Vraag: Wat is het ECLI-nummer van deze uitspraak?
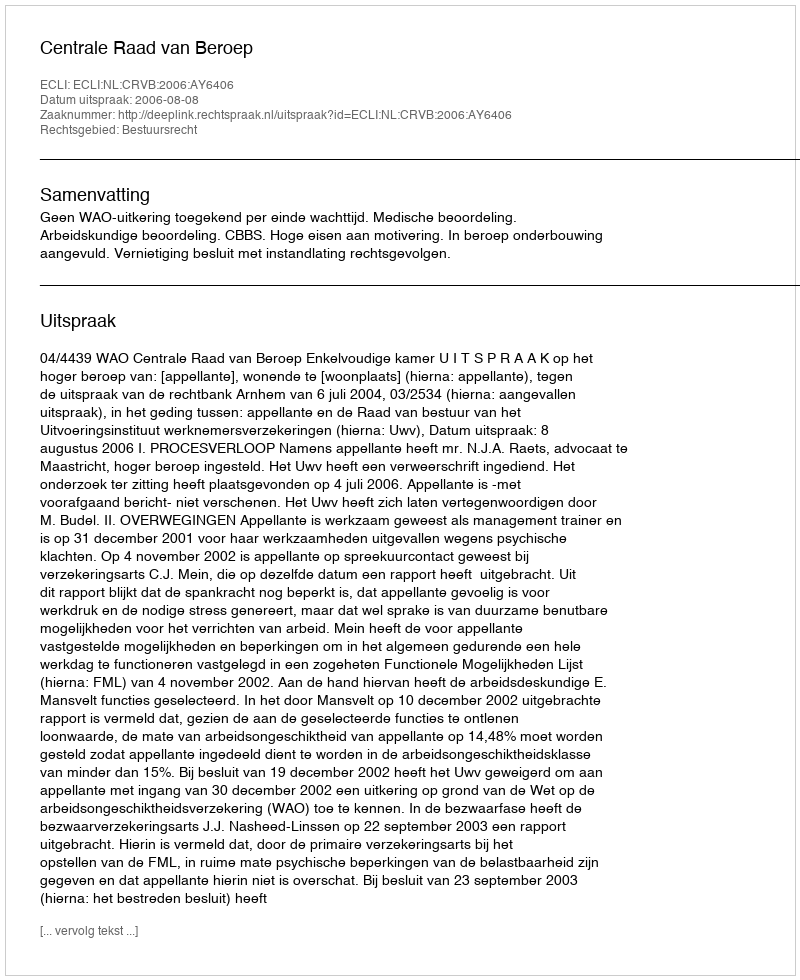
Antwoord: ECLI:NL:CRVB:2006:AY6406